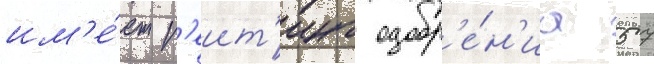
им'е́ет р'еит'инг одобр'е́н'иа 57